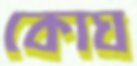
কোঘ